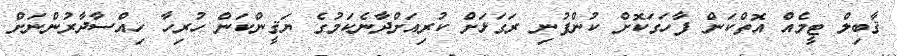
ޤާބިލް ޓީމެއް އޮތްކަން ފާހަގަކޮށް ކުންފުނި ރަގަޅަށް ކުރިއަށްދާނެކަމުގެ ޔަޤީންކަން ހުރިހާ ހިއްސާދާރުންނަށް